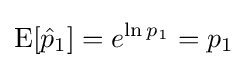
\operatorname {E} [{\hat {p}}_{1}]=e^{\ln p_{1}}=p_{1}